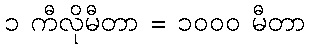
၁ ကီလိုမီတာ = ၁၀၀၀ မီတာ